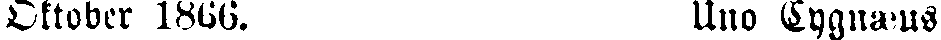
Oktober 1866. Uno Cygnæus